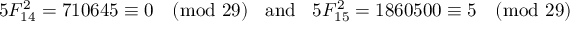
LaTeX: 5 F _ { 1 4 } ^ { 2 } = 7 1 0 6 4 5 \equiv 0 { \pmod { 2 9 } } \; \; { \mathrm { ~ a n d ~ } } \; \; 5 F _ { 1 5 } ^ { 2 } = 1 8 6 0 5 0 0 \equiv 5 { \pmod { 2 9 } }